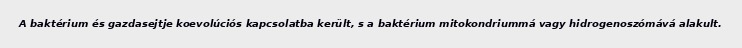
A baktérium és gazdasejtje koevolúciós kapcsolatba került, s a baktérium mitokondriummá vagy hidrogenoszómává alakult.